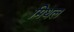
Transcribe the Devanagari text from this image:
मिथल